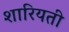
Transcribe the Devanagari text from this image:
शारियती